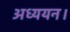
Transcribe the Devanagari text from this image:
अध्‍ययन।